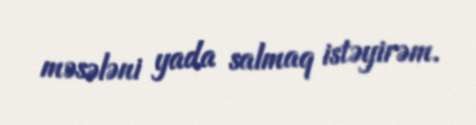
məsələni yada salmaq istəyirəm.